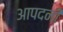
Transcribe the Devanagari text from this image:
आपदनी